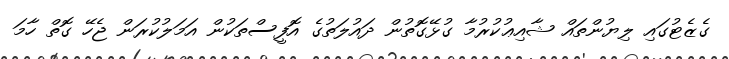
ގެޒެޓުގައި ލިޔުންތައް ޝާއިޢުކުރުމާ ގުޅޭގޮތުން ދައުލަތުގެ އޮފީސްތަކުން އަމަލުކުރަން ޖެހޭ ގޮތް ހާމަ